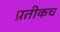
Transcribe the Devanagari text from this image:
प्रतीकच